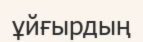
ұйғырдың